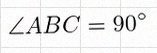
\angle ABC=90^\circ